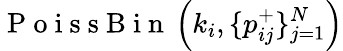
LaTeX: \mathrm{~P~o~i~s~s~B~i~n~}\left(k_{i},\{ p_{ij}^{+}\} _{j=1}^{N}\right)